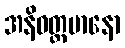
အနိဝတ္တမာနော